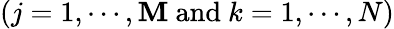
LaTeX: (j=1,\cdots,\mathbf{M}\mathrm{{\ and\ }}k=1,\cdots,N)